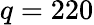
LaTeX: q=220